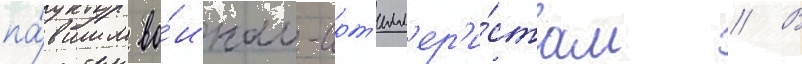
па́вшим во́инам-арт'илл'ер'и́стам // В